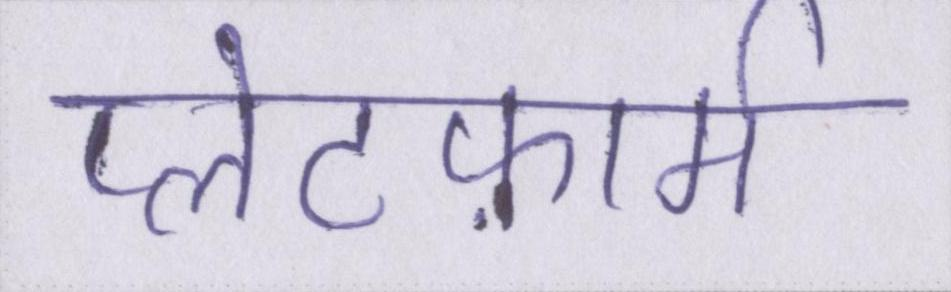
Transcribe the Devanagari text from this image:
प्लेटफ़ार्म